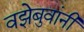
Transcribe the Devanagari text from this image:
वझेबुवांनी